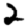
Digit: 2